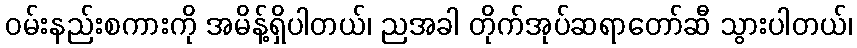
ဝမ်းနည်းစကားကို အမိန့်ရှိပါတယ်၊ ညအခါ တိုက်အုပ်ဆရာတော်ဆီ သွားပါတယ်၊